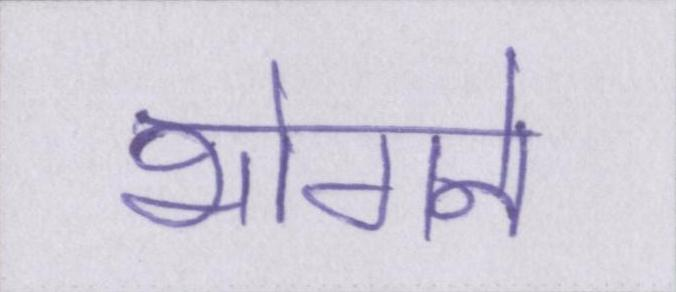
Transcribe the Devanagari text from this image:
भोगने